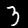
Label: 3